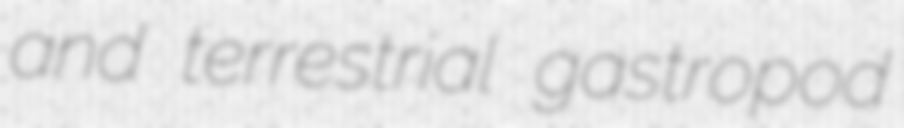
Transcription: and terrestrial gastropod